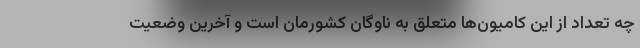
چه تعداد از این کامیون‌ها متعلق به ناوگان کشورمان است و آخرین وضعیت